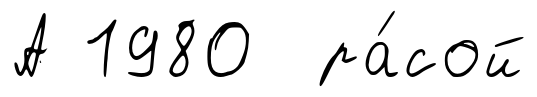
А 1980 ра́сой